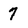
Character: 7